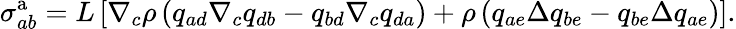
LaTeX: \sigma_{ab}^{\mathrm{a}}=L\left[\nabla_{c}\rho\left(q_{ad}\nabla_{c}q_{db}-q_{bd}\nabla_{c}q_{da}\right)+\rho\left(q_{ae}\Delta q_{be}-q_{be}\Delta q_{ae}\right)\right].